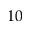
1 0